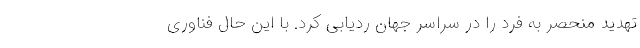
تهدید منحصر به فرد را در سراسر جهان ردیابی کرد. با این حال فناوری